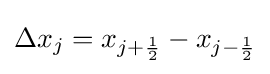
\Delta x_{j}=x_{j+{\frac {1}{2}}}-x_{j-{\frac {1}{2}}}